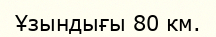
Ұзындығы 80 км.